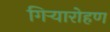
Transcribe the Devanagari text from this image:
गिऱ्यारोहण